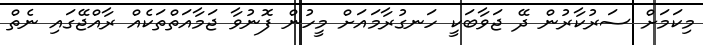
މިކަމަށް ސަރުކާރުން ދޭ ޖަވާބަކީ ހަނގުރާމައަށް މީހުން ފޮނުވާ ޖަމާއަތްތަކެއް ރާއްޖޭގައި ނެތް